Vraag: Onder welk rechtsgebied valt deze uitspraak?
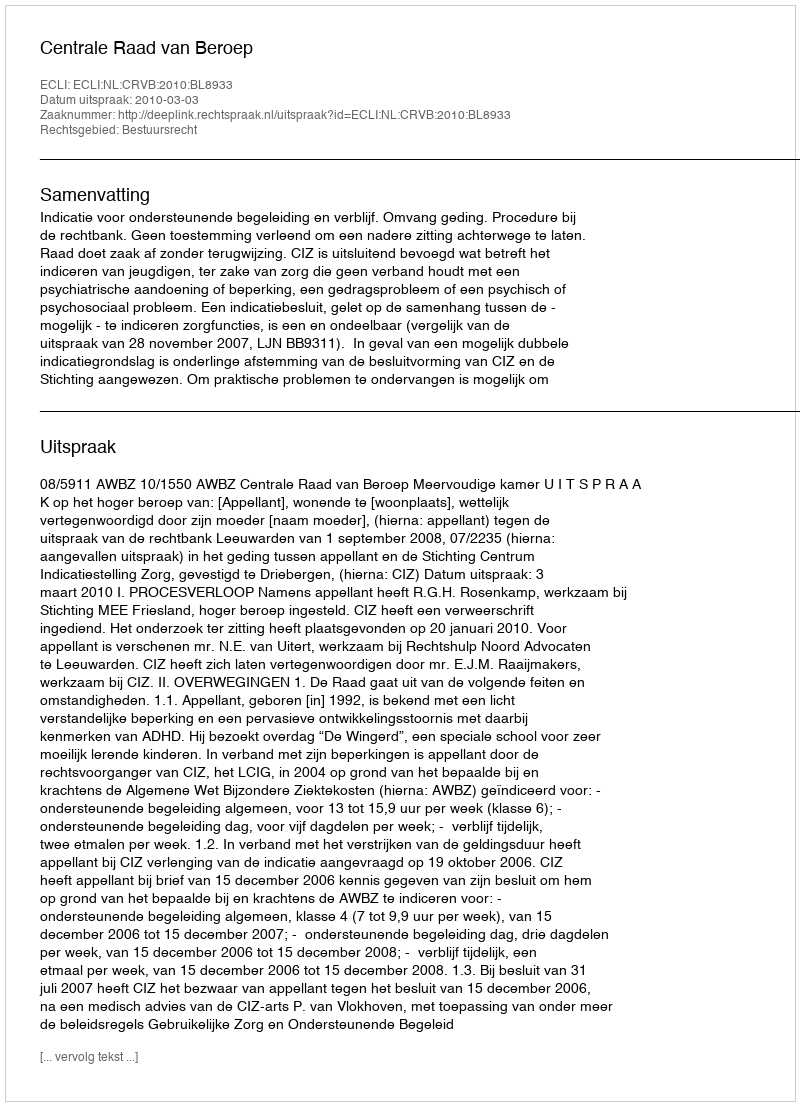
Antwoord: Bestuursrecht